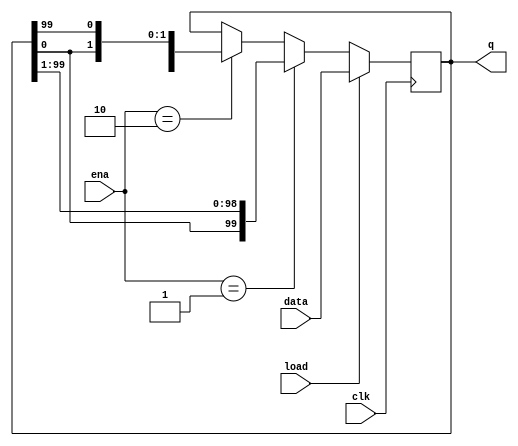
module top_module(
	input clk,
	input load,
	input [1:0] ena,
	input [99:0] data,
	output reg [99:0] q);
	
	// This rotator has 4 modes:
	//   load
	//   rotate left
	//   rotate right
	//   do nothing
	// I used vector part-select and concatenation to express a rotation.
	// Edge-sensitive always block: Use non-blocking assignments.
	always @(posedge clk) begin
		if (load)		// Load
			q <= data;
		else if (ena == 2'h1)	// Rotate right
			q <= {q[0], q[99:1]};
		else if (ena == 2'h2)	// Rotate left
			q <= {q[98:0], q[99]};
	end
endmodule